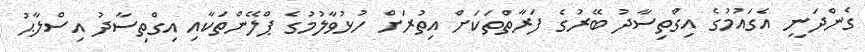
ގެންދަނީ އެގައުމުގެ އިގްތިސާދު ބޭރުގެ ފަރާތްތަކަށް އިތުރަށް ހުޅުވާލުމުގެ ޕްލޭންތަކާއި އިގްތިސާދު އިސްލާޙު